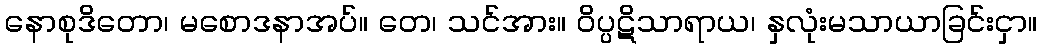
နောစုဒိတော၊ မစောဒနာအပ်။ တေ၊ သင်အား။ ဝိပ္ပဋိသာရာယ၊ နှလုံးမသာယာခြင်းငှာ။